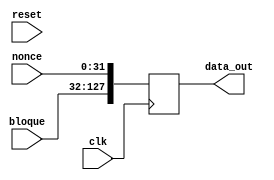
module concatenador#(parameter byte = 8 )(
    input[byte*4-1:0] nonce,
    input [byte*12-1:0]bloque, 
    input clk, 
    input reset,
    output reg [byte*16-1:0]data_out);

always @(posedge clk) begin
    data_out[byte*4-1:0] <= nonce[byte*4-1:0];
    data_out[byte*16-1:byte*4] <= bloque[byte*12-1:0];
end

endmodule